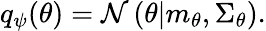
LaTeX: \begin{array}{r}{q_{\psi}(\theta)=\mathcal{N}\left(\theta\middle|m_{\theta},\Sigma_{\theta}\right).}\end{array}